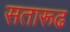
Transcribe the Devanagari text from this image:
सतारूढ